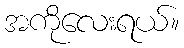
အကိုလေးရယ်။